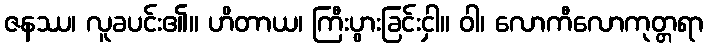
ဇနဿ၊ လူခပင်း၏။ ဟိတာယ၊ ကြီးပွားခြင်းငှါ။ ဝါ၊ လောကီလောကုတ္တရာ